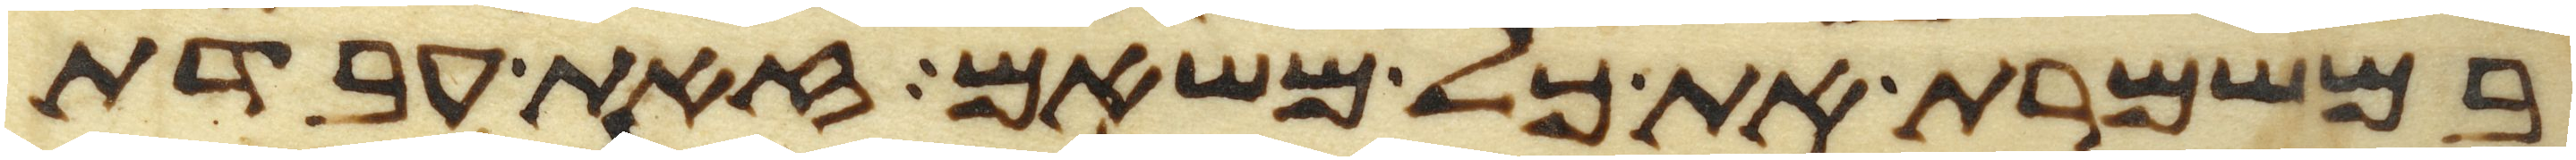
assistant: במשמרת את כל משאם זאת עבדת